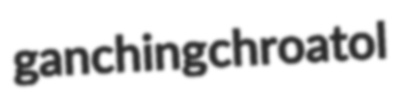
ganching chroatol